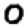
Digit: 0